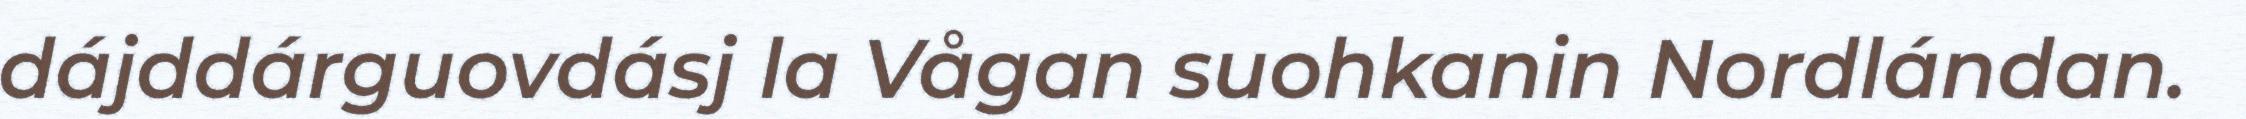
dájddárguovdásj la Vågan suohkanin Nordlándan.